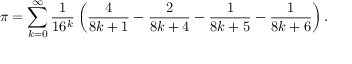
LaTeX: \pi = \sum _ { k = 0 } ^ { \infty } { \frac { 1 } { 1 6 ^ { k } } } \left( { \frac { 4 } { 8 k + 1 } } - { \frac { 2 } { 8 k + 4 } } - { \frac { 1 } { 8 k + 5 } } - { \frac { 1 } { 8 k + 6 } } \right) .